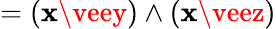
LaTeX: =(\mathbf{x}\veey)\wedge(\mathbf{x}\veez)